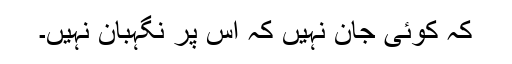
کہ کوئی جان نہیں کہ اس پر نگہبان نہیں۔